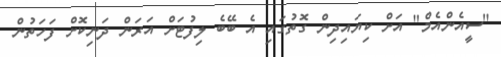
"ސީއެންއެމް" އަށް ކިޔައިދިން ގޮތުގައި އެ ބޭބެ ލިފުޓަށް އަރަން ދަނިކޮށް ފަހަތުން